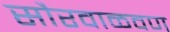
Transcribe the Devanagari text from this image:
सौरवाळवण